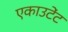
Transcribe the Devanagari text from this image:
एकाउटेंट